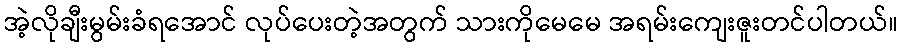
အဲ့လိုချီးမွမ်းခံရအောင် လုပ်ပေးတဲ့အတွက် သားကိုမေမေ အရမ်းကျေးဇူးတင်ပါတယ်။